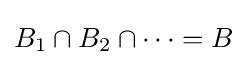
\textstyle B_{1}\cap B_{2}\cap \dots =B